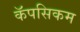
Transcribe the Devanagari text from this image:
कॅपसिकम